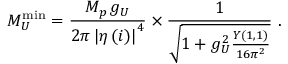
M _ { U } ^ { \scriptstyle \mathrm { m i n } } = \frac { M _ { p } \, g _ { U } } { { 2 \pi } \left| \eta \left( i \right) \right| ^ { 4 } } \times \frac { 1 } { \sqrt { 1 + g _ { U } ^ { 2 } \frac { Y ( 1 , 1 ) } { 1 6 \pi ^ { 2 } } } } \ .